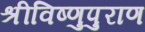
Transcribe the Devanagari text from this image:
श्रीविष्णुपुराण